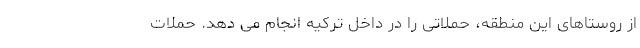
از روستاهای این منطقه، حملاتی را در داخل ترکیه انجام می دهد. حملات